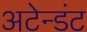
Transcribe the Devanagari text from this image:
अटेन्डंट